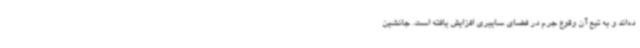
ده‌اند و به تبع آن وقوع جرم در فضای سایبری افزایش یافته است. جانشین